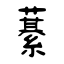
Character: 藄